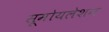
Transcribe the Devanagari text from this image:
सूमोयलेशन